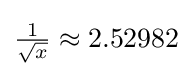
{\textstyle {\frac {1}{\sqrt {x}}}\approx 2.52982}